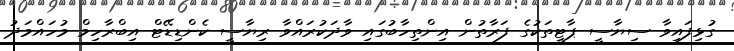
ގުޅިފައިވާ ސިޔާސީ ޕާޓީތަކުގެ ފަރާތުން އިންތިހާބުގައި ވާދަކުރައްވާ ރިޔާސީ ކެންޑިޑޭޓް އިބްރާހިމް މުހައްމަދު